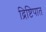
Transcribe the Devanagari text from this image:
द्रिष्टिपात